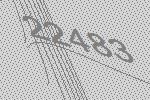
22483